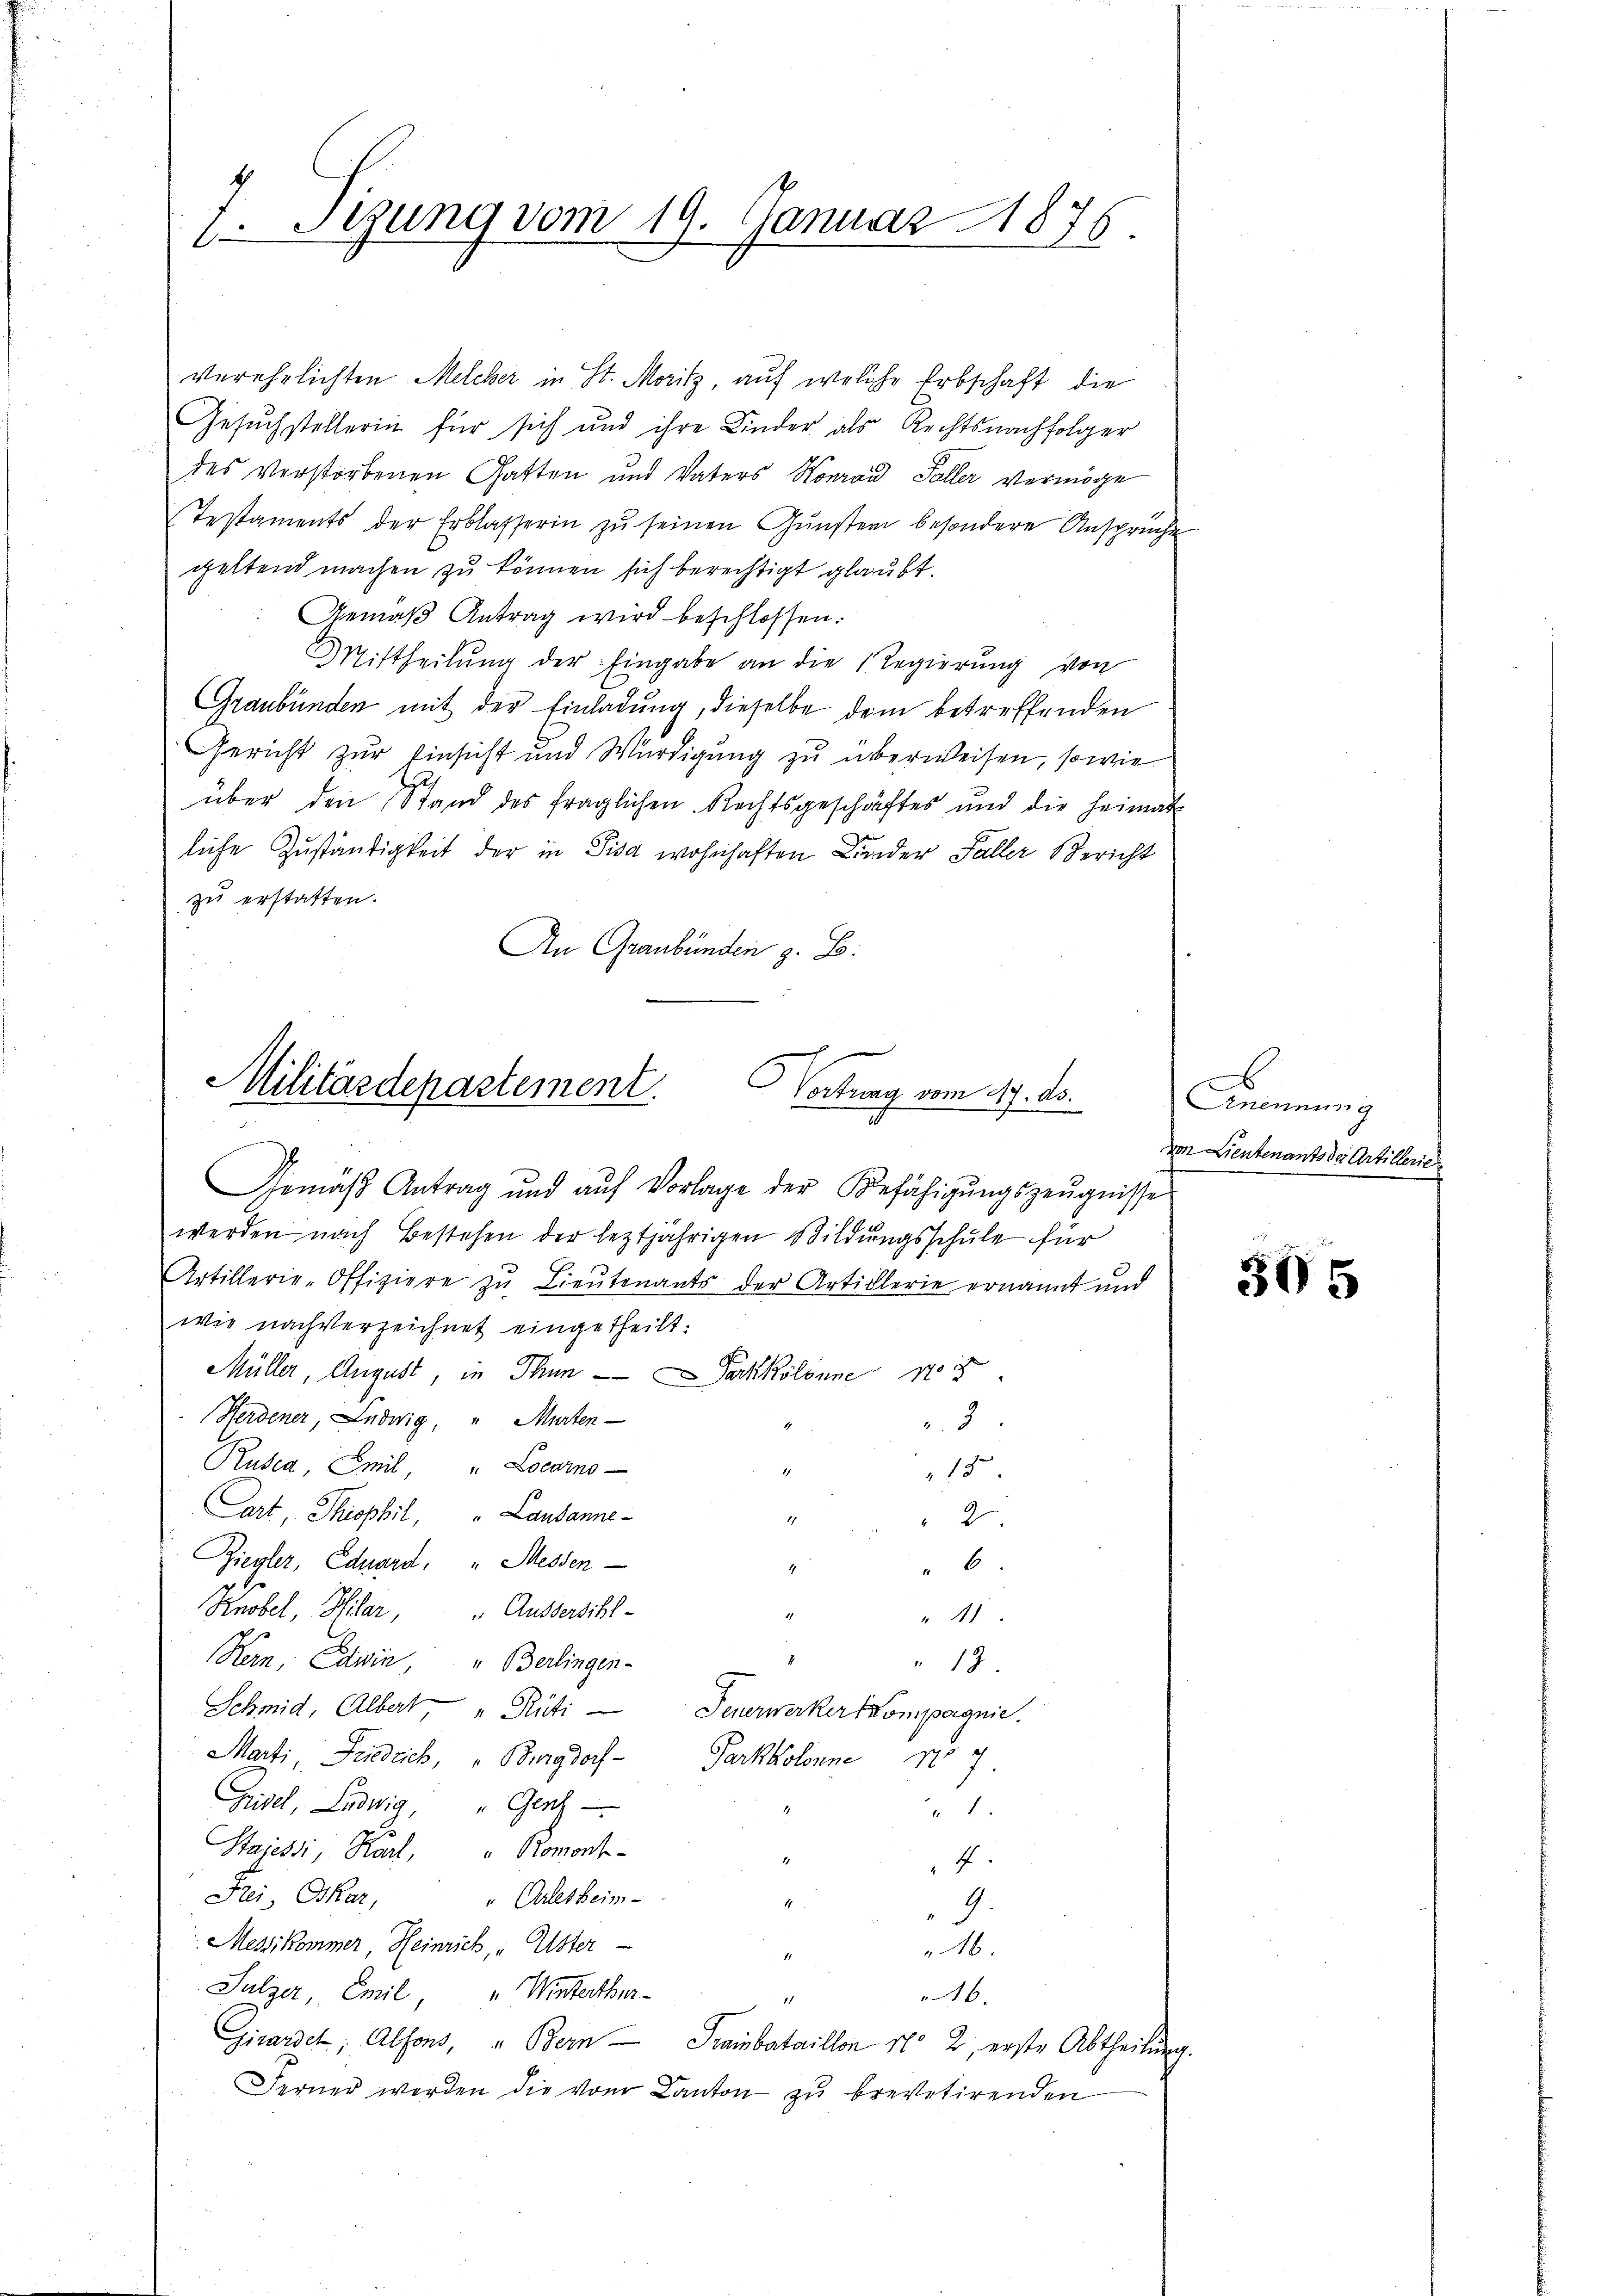
7. Tigung vom 19. Januar 1876

verehelichten Melcher in St. Moritz, auf welche Erbschaft die
Gesuchstellerin für sich und ihre Kinder als Rechtsnachfolger
des verstorbenen Gatten und Vaters Konrad Faller vermöge
Testaments der Erblasserin zu seinen Gunsten besondere Ansprüche
geltend machen zu können sich berechtigt glaubt.
Gemäß Antrag wird beschlossen:
Mittheilŭng der Eingabe an die Regierŭng von
Graubünden mit der Einladung, dieselbe dem betreffenden
Gericht zur Einsicht und Würdigung zu überweisen, sowie
über den Stand des fraglichen Rechtsgeschäftes und die Heimat-
liche Zuständigkeit der in Pisa wohnhaften Bunder Faller Bericht
zu erstatten.
An Graubünden z. B.

Militärdepartement.
Vortrag vom 17. ds.

Gemäβ Antrag und aŭf Vorlage der Befähigŭngszeŭgnisse
werden nach Bestehen der leztjährigen Bildungsschule für
Artillerie-Offiziere zu Lieutenants der Articlerie ernannt und
wie nachverzeichnet eingetheilt.
Müller, August, in Thun Parkkolonne 12
Herdener, Ludwig, " Murten
3
Rusea, Emil " Locarno
15
art Thispbil, " Lausanne
11
2
Ziegler, Eduard " Messen
" 6.
4
Knobel, Pilar, Aussersihl
1
41
Kern, Cawin " Berlingen-
13.
Schmid, Albert " Rüti Feuerwerker kompagnie.
n
Marti Friedrich, "Burgdorf Parkkolonne
Gisel, Ludwig, Gert
t
Stujessi, Karl, " Romont-
f
Frei, Oskar,
" Arlesheim-
17
9.
 Messikommer, Heinrich, " Uster
16.
11
Sulzer, Emil " Winterthur-
16.
17
Girardet, Alfons, u. Bern Trainbataillon No 2, erste Abtheilung.
Ferner werden die von Canton zu brevetirenden

.

Anennung
von Lieutenants der Artillerie

305